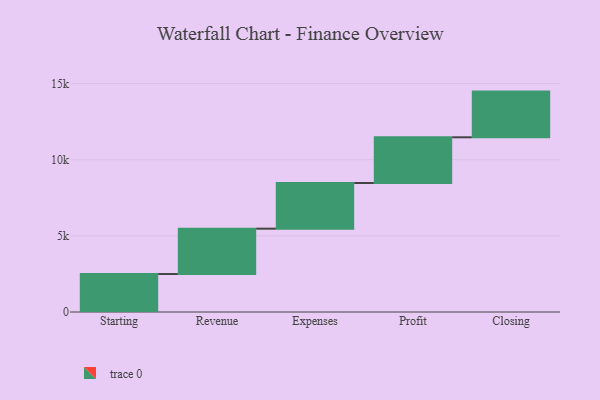
{"axis": {"x": "Step", "y": "Value"}, "legend": [""], "data": [{"x": "Starting", "y": 2493.0, "type": ""}, {"x": "Revenue", "y": 2978.0, "type": ""}, {"x": "Expenses", "y": 3000, "type": ""}, {"x": "Profit", "y": 3000, "type": ""}, {"x": "Closing", "y": 3000, "type": ""}]}